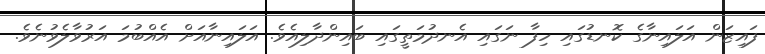
ފައިޒަން އަލައިނާގެ ކޮނޑުގައި ހިފާ ނަގައި އެނދުމަތީގައި ބައިންދާލިއެވެ. އަލައިނާއަށް އެއްބުމަ އަރުވާލެވުނެވެ.